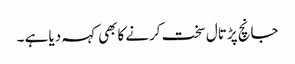
جانچ پڑتال سخت کرنے کابھی کہہ دیا ہے ۔